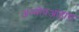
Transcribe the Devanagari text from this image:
अल्पोपआहारा